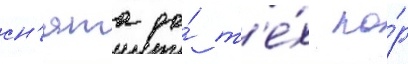
сн'ята до́ т'е́х по́р